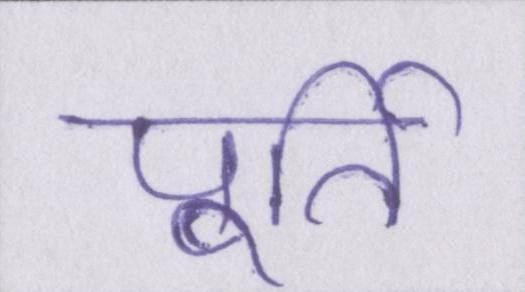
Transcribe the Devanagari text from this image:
पूर्ति